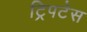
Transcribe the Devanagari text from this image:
ट्रिपटेस